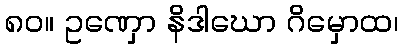
၈၀။ ဥဏှော နိဒါဃော ဂိမှောထ၊